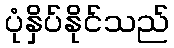
ပုံနှိပ်နိုင်သည်